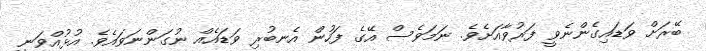
ބޭރަށް ވަޑައިގެންނެވީ ފަރުވާއަށެވެ. ނަމަވެސް އޭގެ ފަހުން އެނބުރި ވަޑައެއް ނުގަންނަވައެވެ. އުޅުއްވަނީ